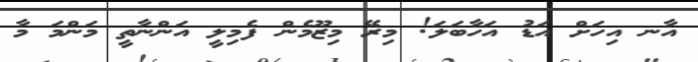
އާނ އިހަށް އަޑު އަހާބަލަ! މިރޭ މިޒޫމެން ފެމިލީ އަންނާތީ މަންމަ މާ